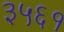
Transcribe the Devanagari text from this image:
३५६१